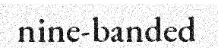
nine-banded